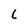
Character: L